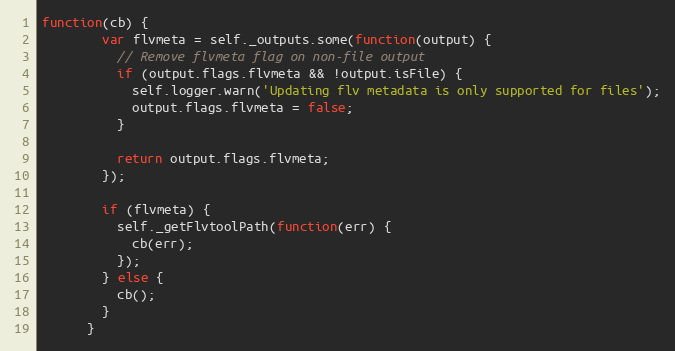
Language: JavaScript
function(cb) {
        var flvmeta = self._outputs.some(function(output) {
          // Remove flvmeta flag on non-file output
          if (output.flags.flvmeta && !output.isFile) {
            self.logger.warn('Updating flv metadata is only supported for files');
            output.flags.flvmeta = false;
          }

          return output.flags.flvmeta;
        });

        if (flvmeta) {
          self._getFlvtoolPath(function(err) {
            cb(err);
          });
        } else {
          cb();
        }
      }